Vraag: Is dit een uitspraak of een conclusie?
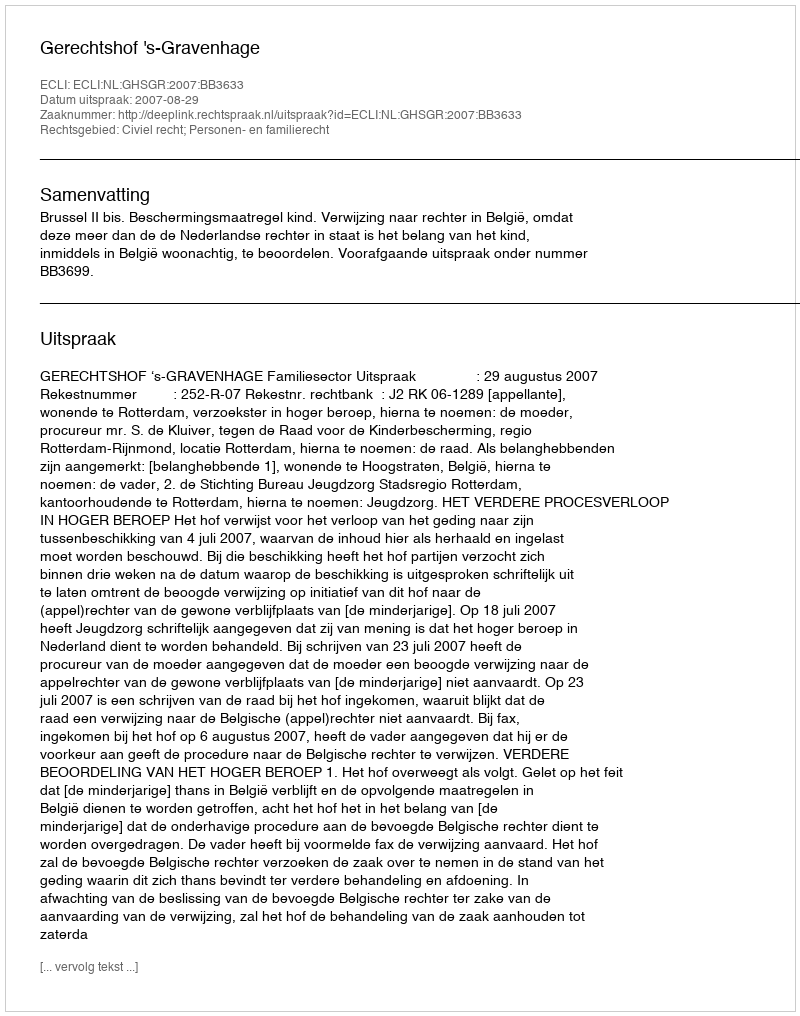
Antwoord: Uitspraak